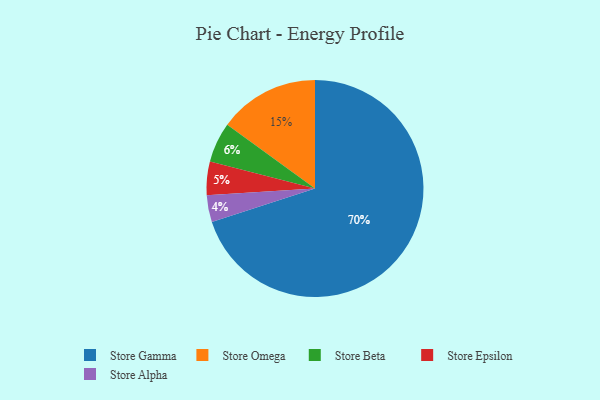
{"axis": {"x": "Category", "y": "Percentage"}, "legend": ["Store Alpha", "Store Beta", "Store Epsilon", "Store Gamma", "Store Omega"], "data": [{"x": "Store Beta", "y": 6, "type": "Store Beta"}, {"x": "Store Gamma", "y": 70, "type": "Store Gamma"}, {"x": "Store Alpha", "y": 4, "type": "Store Alpha"}, {"x": "Store Omega", "y": 15, "type": "Store Omega"}, {"x": "Store Epsilon", "y": 5, "type": "Store Epsilon"}]}